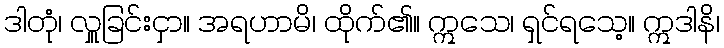
ဒါတုံ၊ လှူခြင်းငှာ။ အရဟာမိ၊ ထိုက်၏။ ဣသေ၊ ရှင်ရသေ့။ ဣဒါနိ၊